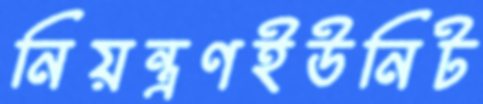
নিয়ন্ত্রণইউনিট